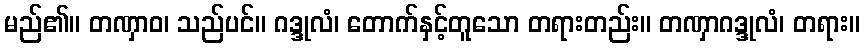
မည်၏။ တဏှာဝ၊ သည်ပင်။ ဂဒ္ဒုလံ၊ တောက်နှင့်တူသော တရားတည်း။ တဏှာဂဒ္ဒုလံ၊ တရား။